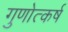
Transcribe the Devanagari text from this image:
गुणोत्कर्ष